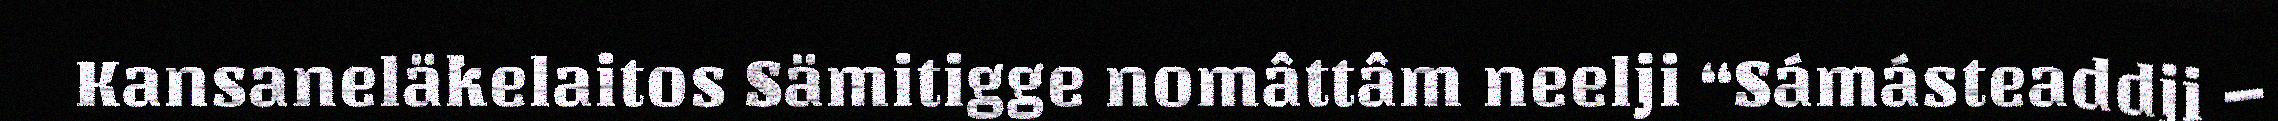
Kansaneläkelaitos Sämitigge nomâttâm neelji “Sámásteaddji –